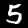
Label: 5